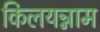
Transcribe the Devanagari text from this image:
किलयन्नाम